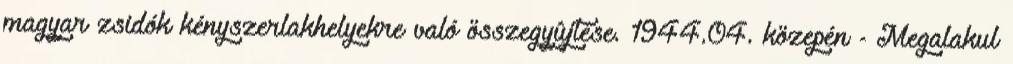
magyar zsidók kényszerlakhelyekre való összegyûjtése. 1944.04. közepén - Megalakul